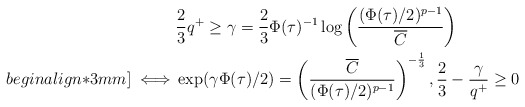
\begin{align*}&\frac{2}{3}q^+ \geq \gamma=\frac{2}{3}\Phi(\tau)^{-1}\log\left(\frac{(\Phi(\tau)/2)^{p-1}}{\overline{C}}\right) \\begin{align*}3mm]\iff &\exp(\gamma\Phi(\tau)/2)=\left(\frac{\overline{C}}{(\Phi(\tau)/2)^{p-1}}\right)^{-\frac{1}{3}},\frac{2}{3}-\frac{\gamma}{q^+} \geq 0 \end{align*}